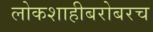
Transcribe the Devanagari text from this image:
लोकशाहीबरोबरच